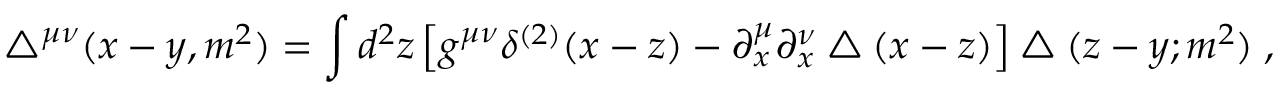
\bigtriangleup ^ { \mu \nu } ( x - y , m ^ { 2 } ) = \int d ^ { 2 } z \left[ g ^ { \mu \nu } \delta ^ { ( 2 ) } ( x - z ) - \partial _ { x } ^ { \mu } \partial _ { x } ^ { \nu } \bigtriangleup ( x - z ) \right] \bigtriangleup ( z - y ; m ^ { 2 } ) \; ,